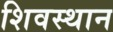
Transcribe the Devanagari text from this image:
शिवस्थान